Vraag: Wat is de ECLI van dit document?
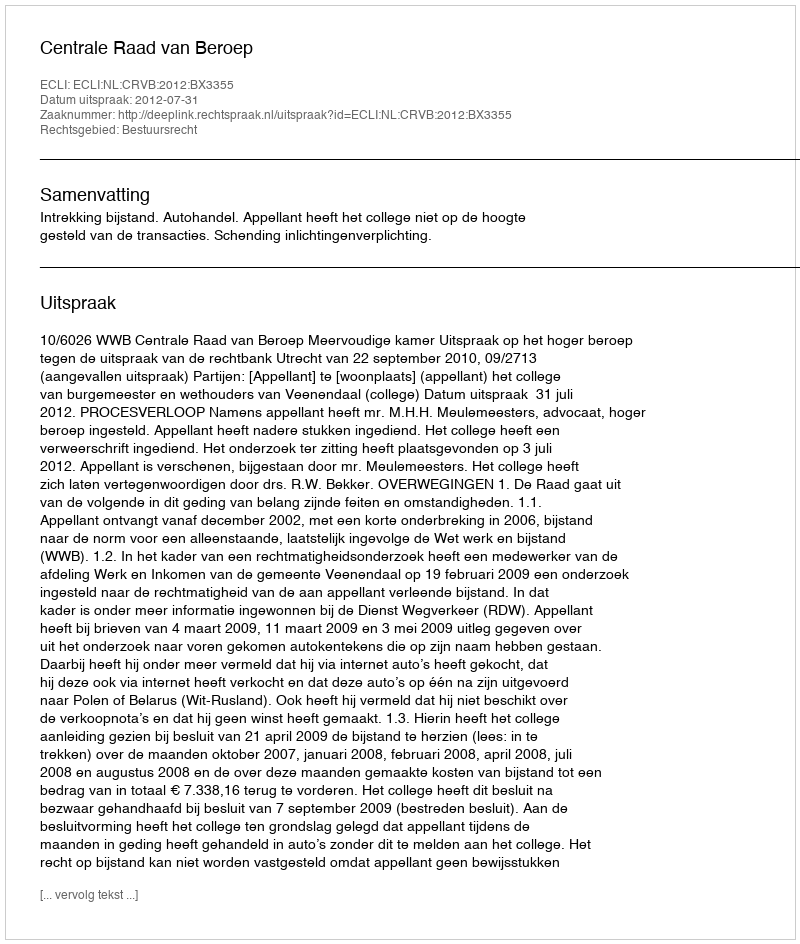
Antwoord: ECLI:NL:CRVB:2012:BX3355